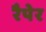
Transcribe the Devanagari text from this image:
रैपेर